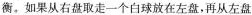
衡。如果从右盘取走一个白球放在左盘，再从左盘